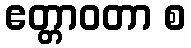
ဧတ္တာဝတာ စ